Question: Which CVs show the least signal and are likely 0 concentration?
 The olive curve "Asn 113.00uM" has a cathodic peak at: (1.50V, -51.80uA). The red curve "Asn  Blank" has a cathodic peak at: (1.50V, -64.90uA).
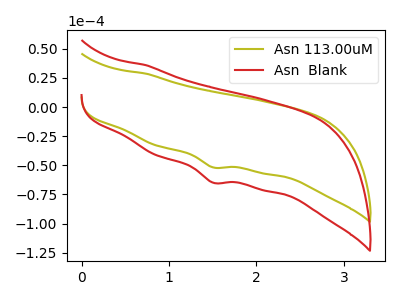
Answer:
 <answer>There are not any CV's on this graph that are likely to be blanks.</answer>
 <eval>none</eval>